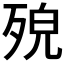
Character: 𣨆